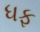
ધફ